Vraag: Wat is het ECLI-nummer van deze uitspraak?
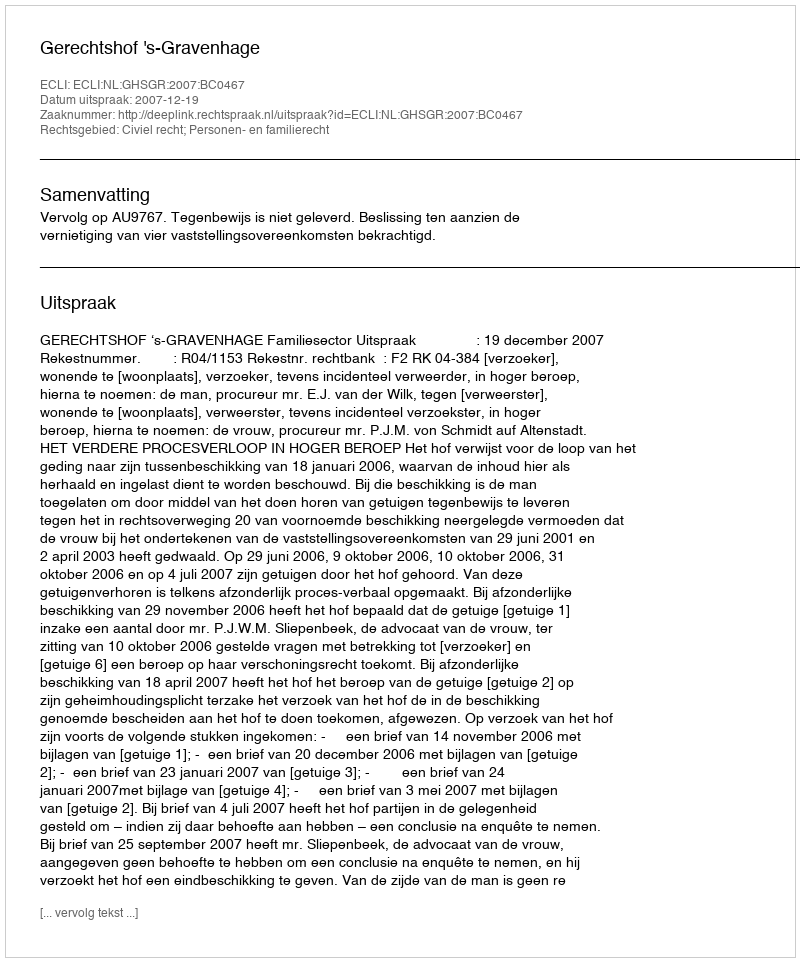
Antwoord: ECLI:NL:GHSGR:2007:BC0467